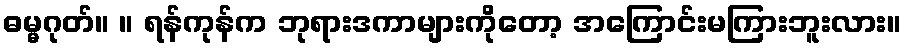
ဓမ္မဂုတ်။ ။ ရန်ကုန်က ဘုရားဒကာများကိုတော့ အကြောင်းမကြားဘူးလား။